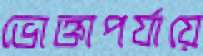
ভোক্তাপর্যায়ে